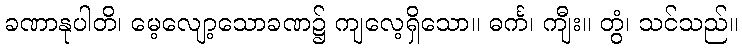
ခဏာနုပါတိ၊ မေ့လျော့သောခဏ၌ ကျလေ့ရှိသော။ ဓင်္က၊ ကျီး။ တွံ၊ သင်သည်။